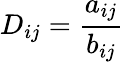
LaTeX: D_{ij}=\frac{a_{ij}}{b_{ij}}